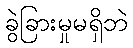
ခွဲခြားမှုမရှိဘဲ